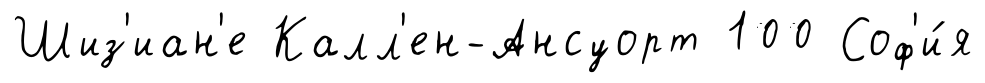
Шиз'иан'е Калл'ен-Ансуорт 100 Соф'и́я